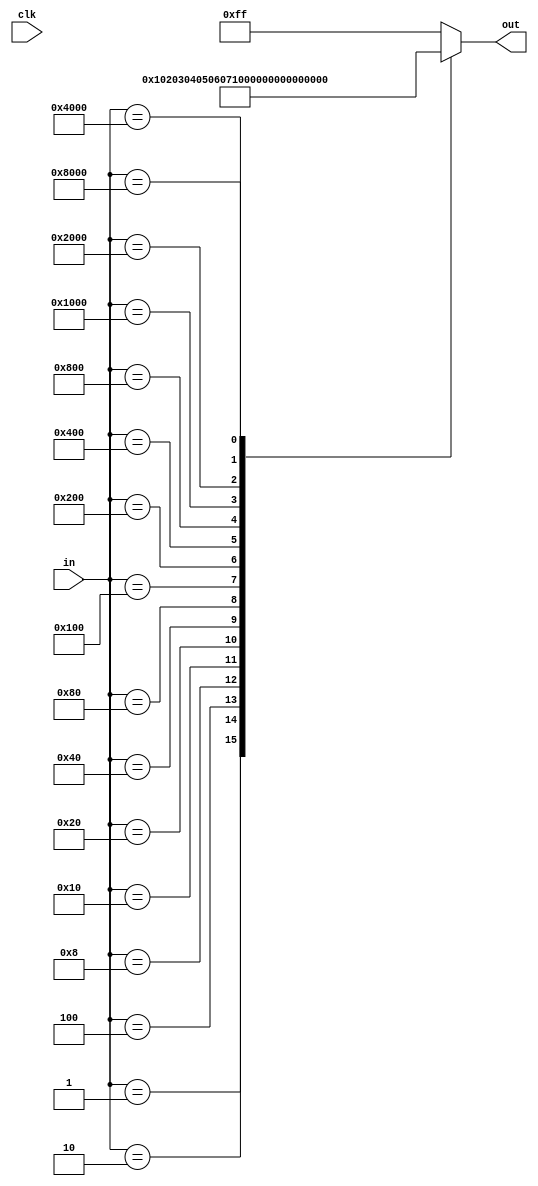
`timescale 1ns / 1ps
//////////////////////////////////////////////////////////////////////////////////
// Company: 
// Engineer: 
// 
// Design Name: 
// Module Name:    encoder 
// Project Name: 
// Target Devices: 
// Tool versions: 
// Description: 
//
// Dependencies: 
//
// Revision: 
// Revision 0.01 - File Created
// Additional Comments: 
//
//////////////////////////////////////////////////////////////////////////////////
module encoder(clk,in,out);
input clk;
input [15:0] in;
output [7:0] out;
reg [7:0] out;

always@(in) begin
	case(in)
		16'b0000000000000001: out <= 8'b00000000;
		16'b0000000000000010: out <= 8'b00000001;
		16'b0000000000000100: out <= 8'b00000010;
		16'b0000000000001000: out <= 8'b00000011;
		16'b0000000000010000: out <= 8'b00000100;
		16'b0000000000100000: out <= 8'b00000101;
		16'b0000000001000000: out <= 8'b00000110;
		16'b0000000010000000: out <= 8'b00000111;
		16'b0000000100000000: out <= 8'b00001000;
		16'b0000001000000000: out <= 8'b00001001;
		16'b0000010000000000: out <= 8'b00001010;
		16'b0000100000000000: out <= 8'b00001011;
		16'b0001000000000000: out <= 8'b00001100;
		16'b0010000000000000: out <= 8'b00001101;
		16'b0100000000000000: out <= 8'b00001110;
		16'b1000000000000000: out <= 8'b00001111;
		default: out<= 8'b11111111;
	endcase
end
endmodule